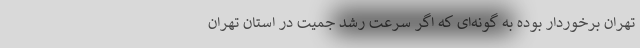
تهران برخوردار بوده به گونه‌ای که اگر سرعت رشد جمیت در استان تهران